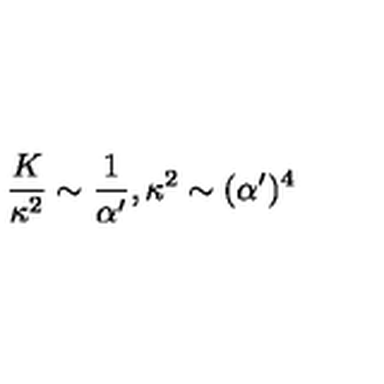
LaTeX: \frac { K } { \kappa ^ { 2 } } \sim \frac { 1 } { \alpha ^ { \prime } } , \kappa ^ { 2 } \sim ( \alpha ^ { \prime } ) ^ { 4 }